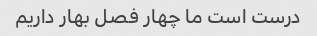
درست است ما چهار فصل بهار داریم